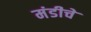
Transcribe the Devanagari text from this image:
मंडीचे